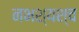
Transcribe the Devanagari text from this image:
नभश्यश्च